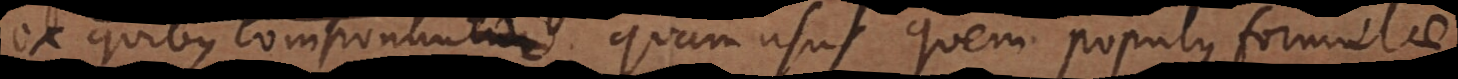
ex quibus componuntur, quam usus quem populus formulae